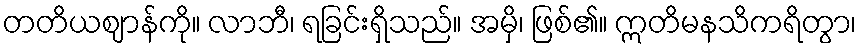
တတိယဈာန်ကို။ လာဘီ၊ ရခြင်းရှိသည်။ အမှိ၊ ဖြစ်၏။ ဣတိမနသိကရိတွာ၊